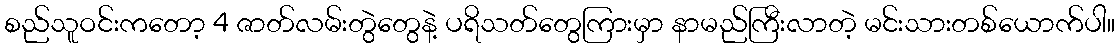
စည်သူဝင်းကတော့ 4 ဇာတ်လမ်းတွဲတွေနဲ့ ပရိသတ်တွေကြားမှာ နာမည်ကြီးလာတဲ့ မင်းသားတစ်ယောက်ပါ။